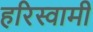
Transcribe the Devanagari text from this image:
हरिस्वामी